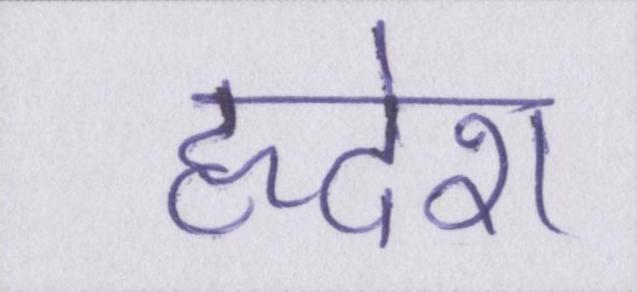
हृदेश